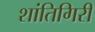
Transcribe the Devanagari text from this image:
शांतिगिरी